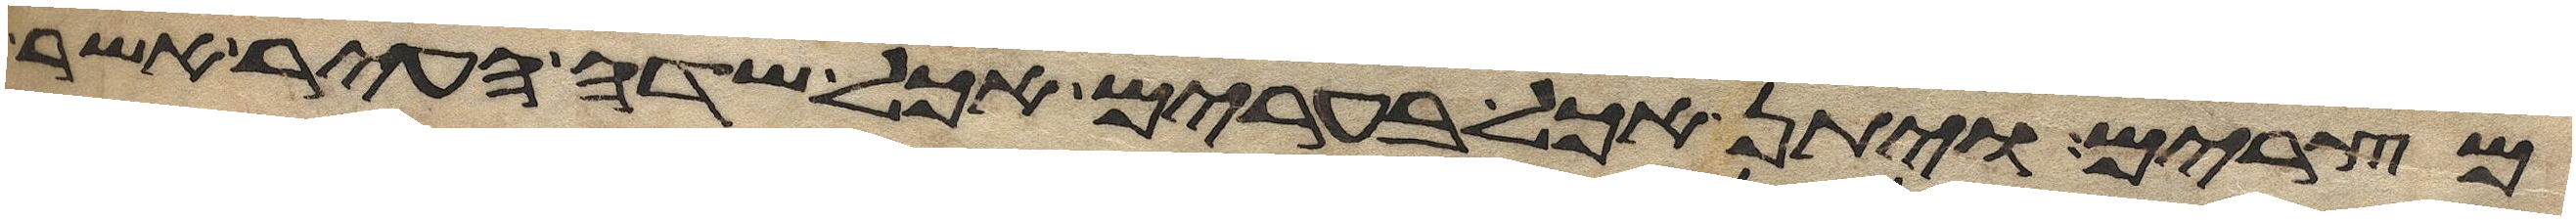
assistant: מצרים ויתן אכל בערים אכל שדה העיר אשר